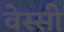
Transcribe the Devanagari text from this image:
वेस्सी